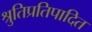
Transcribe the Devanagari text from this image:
श्रुतिप्रतिपादित